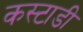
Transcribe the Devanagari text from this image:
कस्टाडी